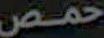
حمص